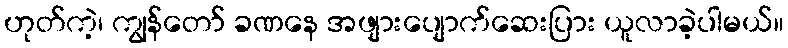
ဟုတ်ကဲ့၊ ကျွန်တော် ခဏနေ အဖျားပျောက်ဆေးပြား ယူလာခဲ့ပါမယ်။